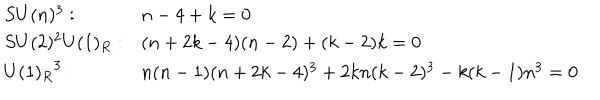
\nonumber \begin{array} { l l } { { S U ( n ) ^ { 3 } : } } & { { n - 4 + k = 0 } } \\ { { S U ( 2 ) ^ { 2 } U ( 1 ) _ { R } : } } & { { ( n + 2 k - 4 ) ( n - 2 ) + ( k - 2 ) k = 0 } } \\ { { { U ( 1 ) _ { R } } ^ { 3 } : } } & { { n ( n - 1 ) ( n + 2 k - 4 ) ^ { 3 } + 2 k n ( k - 2 ) ^ { 3 } - k ( k - 1 ) n ^ { 3 } = 0 } } \\ \end{array}